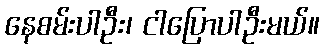
နေစမ်းပါဦး၊ ငါပြောပါဦးမယ်။